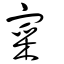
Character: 寀